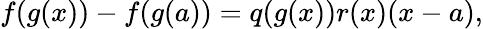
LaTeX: f(g(x))-f(g(a))=q(g(x))r(x)(x-a),